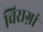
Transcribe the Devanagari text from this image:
चिराग़ां